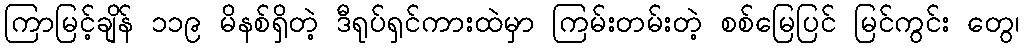
ကြာမြင့်ချိန် ၁၁၉ မိနစ်ရှိတဲ့ ဒီရုပ်ရှင်ကားထဲမှာ ကြမ်းတမ်းတဲ့ စစ်မြေပြင် မြင်ကွင်း တွေ၊